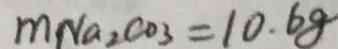
m N a _ { 2 } C O _ { 3 } = 1 0 . 6 8